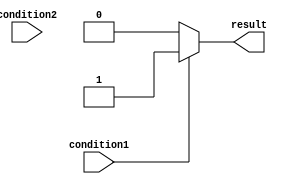
module if_else_block (
  input wire condition1,  // Initial condition
  input wire condition2,  // Additional condition
  output reg result       // Output signal
);

always @* begin
  if (condition1) begin
    // Execute code block if condition1 is true
    result = 1'b1;
  end
  else if (condition2) begin
    // Execute code block if condition2 is true
    result = 1'b0;
  end
  else begin
    // Default action if none of the conditions are met
    result = 1'b0;
  end
end

endmodule